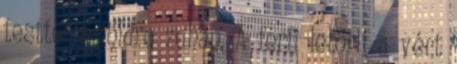
testtel a földre zuhan. A férfi letörli a vért